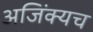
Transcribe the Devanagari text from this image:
अजिंक्यच